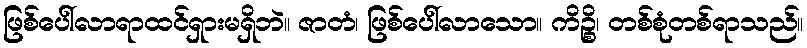
ဖြစ်ပေါ်လာရာထင်ရှားမရှိဘဲ။ ဇာတံ၊ ဖြစ်ပေါ်လာသော။ ကိဉ္စိ၊ တစ်စုံတစ်ရာသည်။